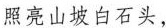
照亮山坡白石头，